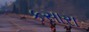
કસારા